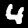
Label: 4